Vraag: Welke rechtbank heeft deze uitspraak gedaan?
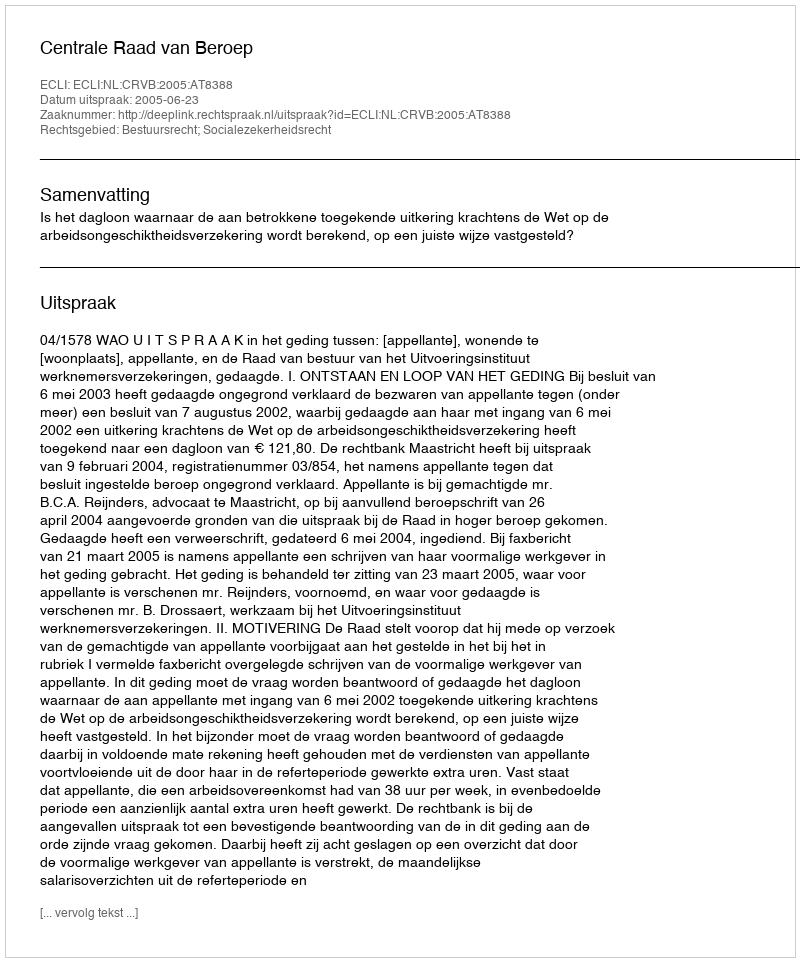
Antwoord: Centrale Raad van Beroep